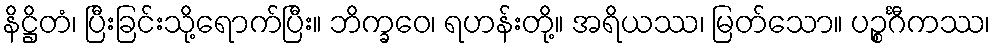
နိဋ္ဌိတံ၊ ပြီးခြင်းသို့ရောက်ပြီး။ ဘိက္ခဝေ၊ ရဟန်းတို့။ အရိယဿ၊ မြတ်သော။ ပဉ္စင်္ဂီကဿ၊